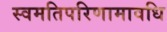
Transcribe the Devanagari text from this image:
स्वमतिपरिणामावधि